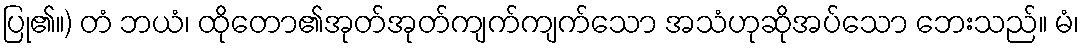
ပြု၏။) တံ ဘယံ၊ ထိုတော၏အုတ်အုတ်ကျက်ကျက်သော အသံဟုဆိုအပ်သော ဘေးသည်။ မံ၊